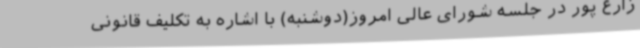
زارع پور در جلسه شورای عالی امروز(دوشنبه) با اشاره به تکلیف قانونی